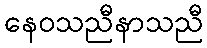
နေဝသညီနာသညီ